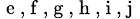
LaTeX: _{\mathrm{~e~,~f~,~g~,~h~,~i~,~j~}}